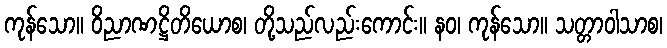
ကုန်သော။ ဝိညာဏဋ္ဌိတိယောစ၊ တို့သည်လည်းကောင်း။ နဝ၊ ကုန်သော။ သတ္တာဝါသာစ၊